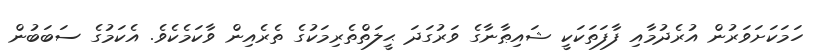
ހަމަކަށަވަރުން އުރެދުމާއި ފާފަތަކަކީ ޝައިޠާނާގެ ވަރުގަދަ ޙީލަތްތެރިމަކުގެ ތެރެއިން ވާކަމެކެވެ. އެކަމުގެ ސަބަބުން